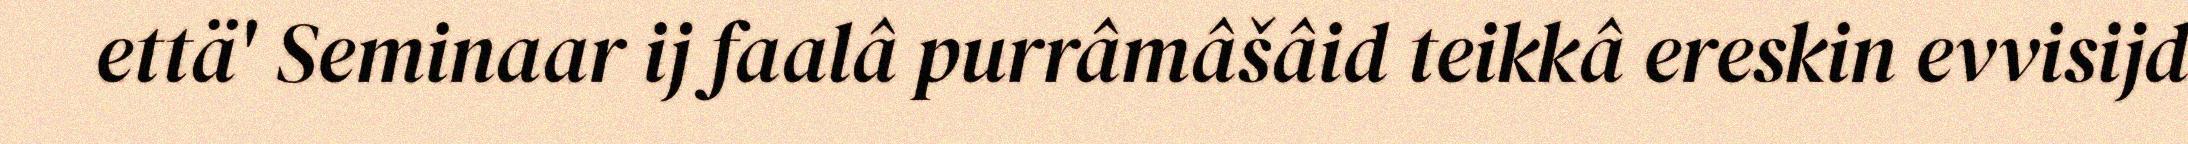
että' Seminaar ij faalâ purrâmâšâid teikkâ ereskin evvisijd